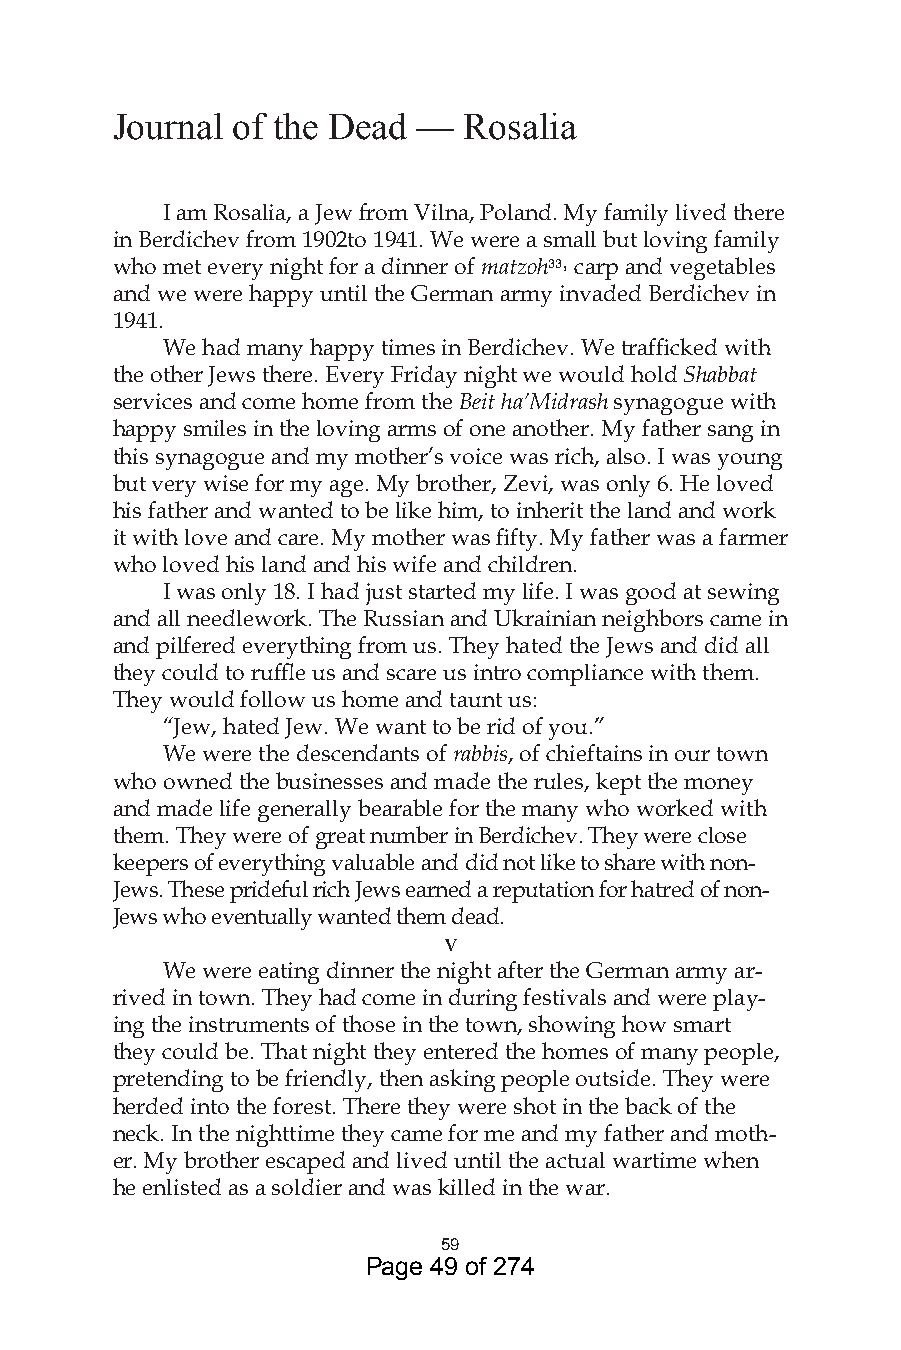
Journal of the Dead  —  Rosalia
 I am Rosalia, a Jew from Vilna, Poland. My family lived there
 in Berdichev from 1902to 1941. We were a small but loving family
 who met every night for a dinner of matzoh, carp and vegetables
 and we were happy until the German army invaded Berdichev in
 1941.
 We had many happy times in Berdichev. We trafficked with
 the other Jews there. Every Friday night we would hold Shabbat
 services and come home from the Beit ha’Midrash synagogue with
 happy smiles in the loving arms of one another. My father sang in
 this synagogue and my mother’s voice was rich, also. I was young
 but very wise for my age. My brother, Zevi, was only 6. He loved
 his father and wanted to be like him, to inherit the land and work
 it with love and care. My mother was fifty. My father was a farmer
 who loved his land and his wife and children.
 I was only 18. I had just started my life. I was good at sewing
 and all needlework. The Russian and Ukrainian neighbors came in
 and pilfered everything from us. They hated the Jews and did all
 they could to ruffle us and scare us intro compliance with them.
 They would follow us home and taunt us:
 “Jew, hated Jew. We want to be rid of you.”
 We were the descendants of rabbis, of chieftains in our town
 who owned the businesses and made the rules, kept the money
 and made life generally bearable for the many who worked with
 them. They were of great number in Berdichev. They were close
 keepers of everything valuable and did not like to share with non-
 Jews. These prideful rich Jews earned a reputation for hatred of non-
 Jews who eventually wanted them dead.
 v
 We were eating dinner the night after the German army ar-
 rived in town. They had come in during festivals and were play-
 ing the instruments of those in the town, showing how smart
 they could be. That night they entered the homes of many people,
 pretending to be friendly, then asking people outside. They were
 herded into the forest. There they were shot in the back of the
 neck. In the nighttime they came for me and my father and moth-
 er. My brother escaped and lived until the actual wartime when
 he enlisted as a soldier and was killed in the war.
 59
 Page 49 of 274